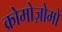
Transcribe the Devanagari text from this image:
क्रोमोज़ोमों